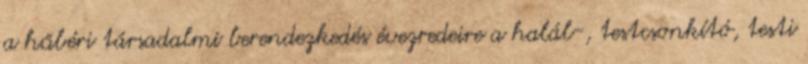
a hűbéri társadalmi berendezkedés évezredeire a halál-, testcsonkító, testi